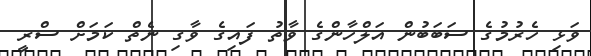
ވަޅި ހެރުމުގެ ސަބަބުން އަލްހާންގެ ވާތު ފައިގެ ވާގި ނެތް ކަމަށް ސްރީ